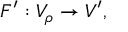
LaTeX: F ^ { \prime } : V _ { \rho } \to V ^ { \prime } ,